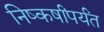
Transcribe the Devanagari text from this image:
निष्कर्षांपर्यंत